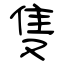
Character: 隻